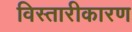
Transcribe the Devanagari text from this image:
विस्तारीकारण